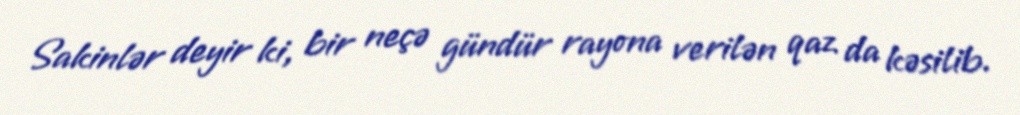
Sakinlər deyir ki, bir neçə gündür rayona verilən qaz da kəsilib.